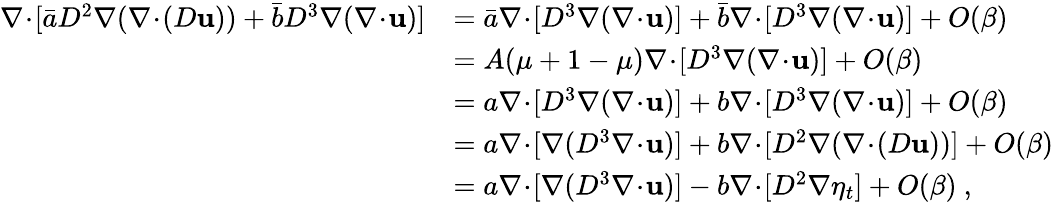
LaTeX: \begin{array}{rl}{\nabla\! \cdot\! [\bar{a}D^{2}\nabla(\nabla\! \cdot\! (D\mathbf{u}))+\bar{b}D^{3}\nabla(\nabla\! \cdot\! \mathbf{u})]}&{=\bar{a}\nabla\! \cdot\! [D^{3}\nabla(\nabla\! \cdot\! \mathbf{u})]+\bar{b}\nabla\! \cdot\! [D^{3}\nabla(\nabla\! \cdot\! \mathbf{u})]+O(\beta)}\\ &{=A(\mu+1-\mu)\nabla\! \cdot\! [D^{3}\nabla(\nabla\! \cdot\! \mathbf{u})]+O(\beta)}\\ &{=a\nabla\! \cdot\! [D^{3}\nabla(\nabla\! \cdot\! \mathbf{u})]+b\nabla\! \cdot\! [D^{3}\nabla(\nabla\! \cdot\! \mathbf{u})]+O(\beta)}\\ &{=a\nabla\! \cdot\! [\nabla(D^{3}\nabla\! \cdot\! \mathbf{u})]+b\nabla\! \cdot\! [D^{2}\nabla(\nabla\! \cdot\! (D\mathbf{u}))]+O(\beta)}\\ &{=a\nabla\! \cdot\! [\nabla(D^{3}\nabla\! \cdot\! \mathbf{u})]-b\nabla\! \cdot\! [D^{2}\nabla\eta_{t}]+O(\beta)\ ,}\end{array}